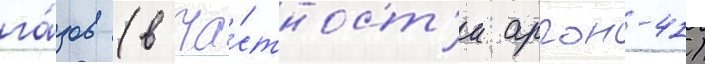
га́зов (в ча́стност'и аргон-41)